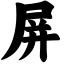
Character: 屏